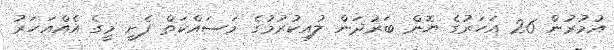
އުމުރުން 26 އަހަރުގެ ޔޮން ބަރުދަން ލުއިކުރުމުގެ މަސައްކަތް ފެށީ މީގެ އެއްއަހަރު